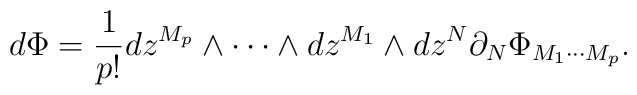
d\Phi = \frac{1}{p!} dz^{M_p} \wedge \cdots \wedge dz^{M_1} \wedge  dz^N \partial_N \Phi_{M_1\cdots M_p}.